Education (Scotland) Act, 1936, 1936
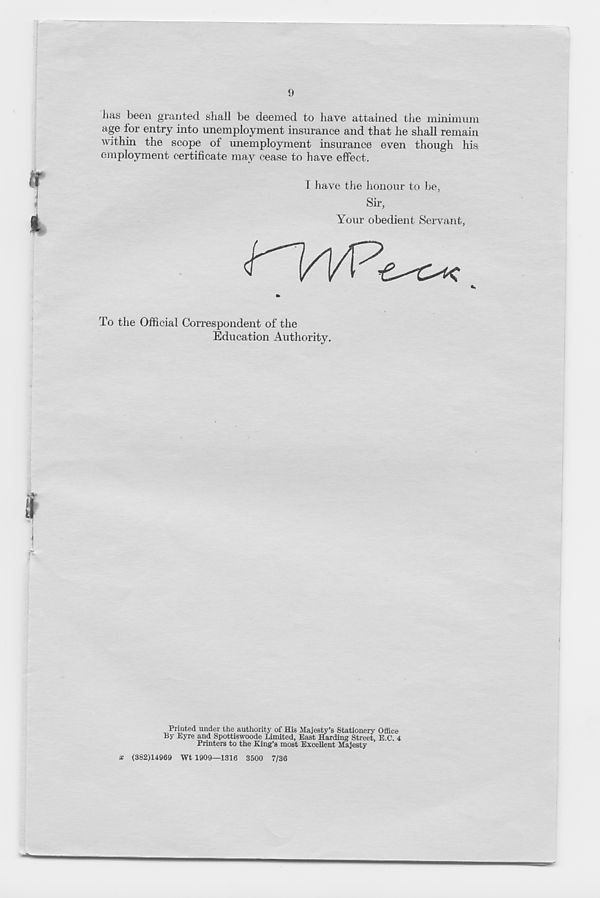
has been granted shall be deemed to have attained the minimum
age for entry into unemployment insurance and that he shall remain
within the scope of unemployment insurance even though his
employment certificate may cease to have effect.
I have the honour to be,
Sir,
Your obedient Servant,
To the Official Correspondent of the
Education Authority.
Printed under the authority of His Majesty’s Stationery Office
By Eyre and Spottiswoode Limited, East Harding Street, E.C. 4
Printers to the King’s most Excellent Majesty
'x
(382)14969 Wt 1909—1316 3500 7/36